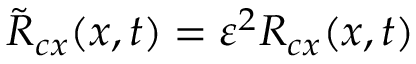
\tilde { R } _ { c x } ( x , t ) = \varepsilon ^ { 2 } R _ { c x } ( x , t )